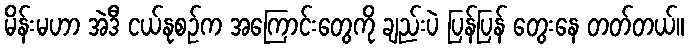
မိန်းမဟာ အဲဒီ ငယ်နုစဉ်က အကြောင်းတွေကို ချည်းပဲ ပြန်ပြန် တွေးနေ တတ်တယ်။